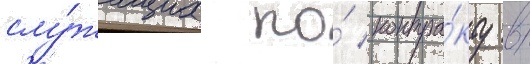
слу́жащих по́ контра́кту в